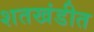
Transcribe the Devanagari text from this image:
शतखंडीत